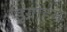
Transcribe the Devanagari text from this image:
इंग्राहम